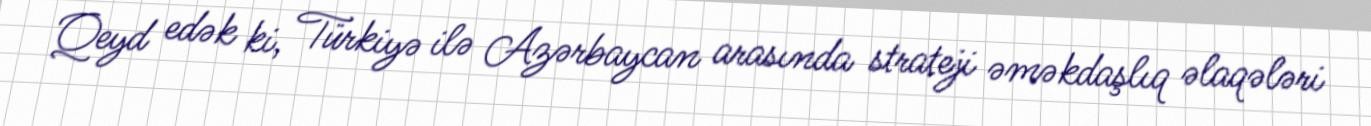
Qeyd edək ki, Türkiyə ilə Azərbaycan arasında strateji əməkdaşlıq əlaqələri